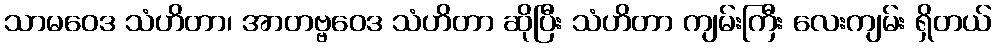
သာမဝေဒ သံဟိတာ၊ အာတဗ္ဗဝေဒ သံဟိတာ ဆိုပြီး သံဟိတာ ကျမ်းကြီး လေးကျမ်း ရှိတယ်